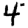
Digit: 4